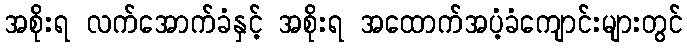
အစိုးရ လက်အောက်ခံနှင့် အစိုးရ အထောက်အပံ့ခံကျောင်းများတွင်